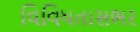
વિવિધતાસભર